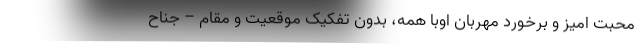
محبت امیز و برخورد مهربان اوبا همه، بدون تفکیک موقعیت و مقام – جناح